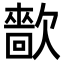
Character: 㱇